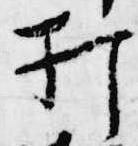
打